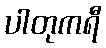
ပါတုကရီ